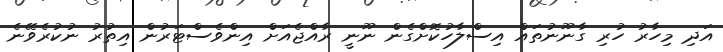
އަދި މިހާރު ހުރި ގާނޫނުތައް އިސްލާހުކޮށްގެން ނޫނީ ރާއްޖެއަށް އިންވެސްޓަރުން އިތުރު ނުކުރެވޭނެ